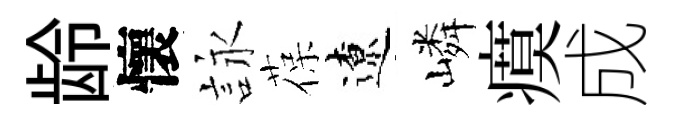
龄懷詠葆遼嶙瘼成